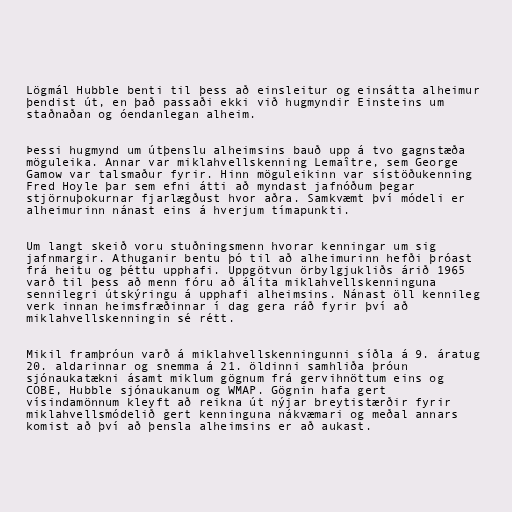
Lögmál Hubble benti til þess að einsleitur og einsátta alheimur
þendist út, en það passaði ekki við hugmyndir Einsteins um
staðnaðan og óendanlegan alheim.

Þessi hugmynd um útþenslu alheimsins bauð upp á tvo gagnstæða
möguleika. Annar var miklahvellskenning Lemaître, sem George
Gamow var talsmaður fyrir. Hinn möguleikinn var sístöðukenning
Fred Hoyle þar sem efni átti að myndast jafnóðum þegar
stjörnuþokurnar fjarlægðust hvor aðra. Samkvæmt því módeli er
alheimurinn nánast eins á hverjum tímapunkti.

Um langt skeið voru stuðningsmenn hvorar kenningar um sig
jafnmargir. Athuganir bentu þó til að alheimurinn hefði þróast
frá heitu og þéttu upphafi. Uppgötvun örbylgjukliðs árið 1965
varð til þess að menn fóru að álíta miklahvellskenninguna
sennilegri útskýringu á upphafi alheimsins. Nánast öll kennileg
verk innan heimsfræðinnar í dag gera ráð fyrir því að
miklahvellskenningin sé rétt.

Mikil framþróun varð á miklahvellskenningunni síðla á 9. áratug
20. aldarinnar og snemma á 21. öldinni samhliða þróun
sjónaukatækni ásamt miklum gögnum frá gervihnöttum eins og
COBE, Hubble sjónaukanum og WMAP. Gögnin hafa gert
vísindamönnum kleyft að reikna út nýjar breytistærðir fyrir
miklahvellsmódelið gert kenninguna nákvæmari og meðal annars
komist að því að þensla alheimsins er að aukast.